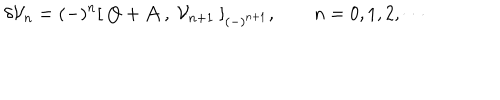
\delta { \cal { V } } _ { n } = ( - ) ^ { n } [ \ Q + { \cal { A } } \ , \ { \cal { V } } _ { n + 1 } \ ] _ { ( - ) ^ { n + 1 } } , \qquad n = 0 , 1 , 2 , \cdots